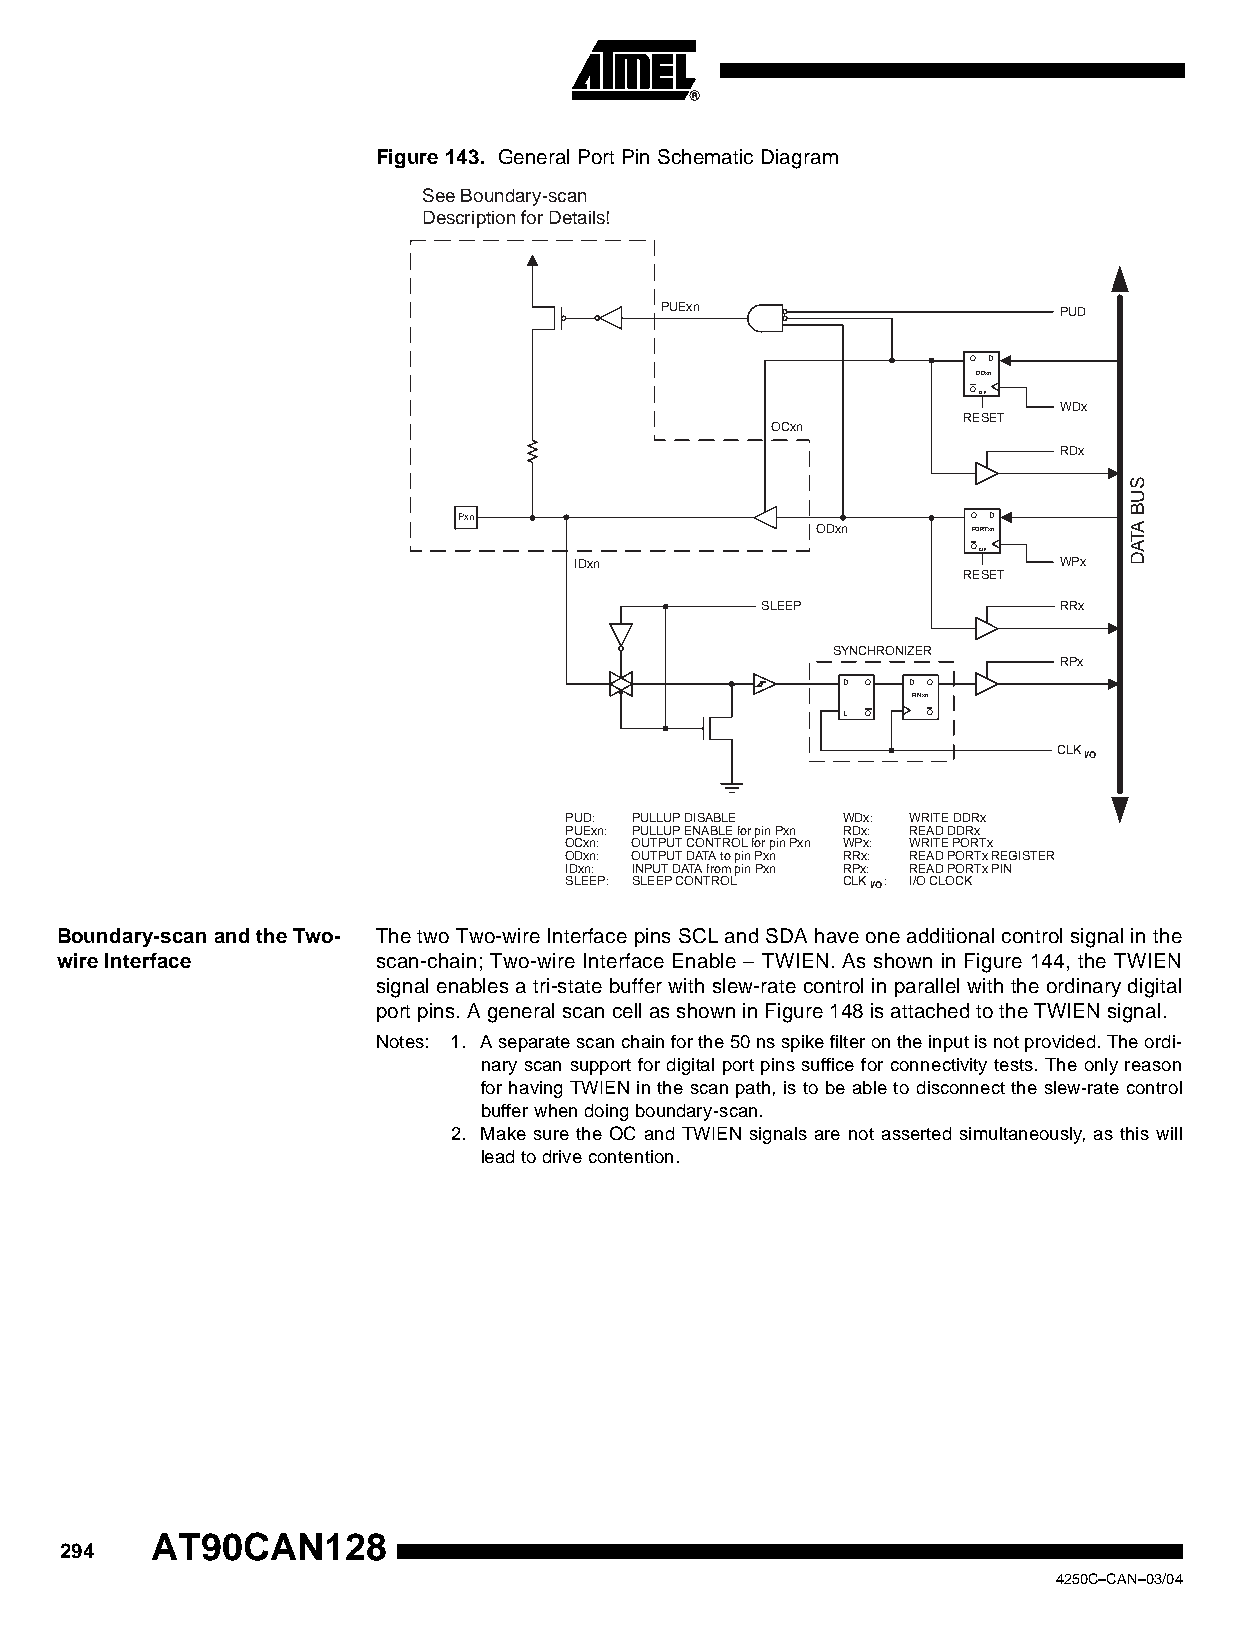
Figure 143. General Port Pin Schematic Diagram
 See Boundary-scan
 Description for Details!
 PUExn                     PUD
 Q D
 DDxn
 QCLR
 WDx
 RESET
 OCxn
 RDx
 S
 U
 B
 Pxn
 ODxn
 Q PORTxD
 n        TA
 IDxn
 QCLR
 WPx
 DA
 RESET
 SLEEP               RRx
 SYNCHRONIZER
 RPx
 D Q D Q
 PINxn
 L Q  Q
 CLKI/O
 PUD: PULLUP DISABLE WDx: WRITE DDRx
 PUExn: PULLUP ENABLE for pin Pxn RDx: READ DDRx
 OCxn: OUTPUT CONTROL for pin Pxn WPx: WRITE PORTx
 ODxn: OUTPUT DATA to pin Pxn RRx: READ PORTx REGISTER
 IDxn: INPUT DATA from pin Pxn RPx: READ PORTx PIN
 SLEEP: SLEEP CONTROL CLK I / O : I/O CLOCK
 Boundary-scan and the Two- The two Two-wire Interface pins SCL and SDA have one additional control signal in the
 wire Interface       scan-chain; Two-wire Interface Enable – TWIEN. As shown in Figure 144, the TWIEN
 signal enables a tri-state buffer with slew-rate control in parallel with the ordinary digital
 port pins. A general scan cell as shown in Figure 148 is attached to the TWIEN signal.
 Notes: 1. A separate scan chain for the 50 ns spike filter on the input is not provided. The ordi-
 nary scan support for digital port pins suffice for connectivity tests. The only reason
 for having TWIEN in the scan path, is to be able to disconnect the slew-rate control
 buffer when doing boundary-scan.
 2. Make sure the OC and TWIEN signals are not asserted simultaneously, as this will
 lead to drive contention.
 AT90CAN128
 294
 4250C–CAN–03/04